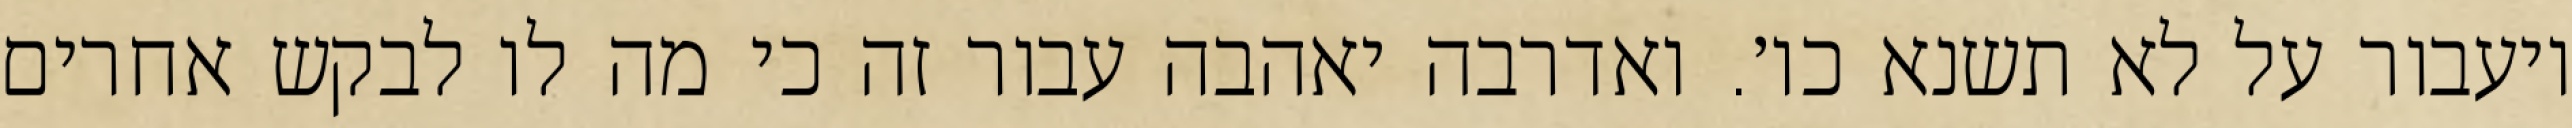
ויעבור על לא תשנא כו׳. ואדרבה יאהבה עבור זה כי מה לו לבקש אחרים